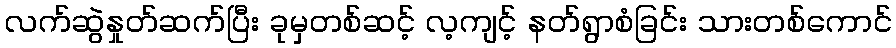
လက်ဆွဲနှုတ်ဆက်ပြီး ခုမှတစ်ဆင့် လ့ကျင့် နတ်ရွာစံခြင်း သားတစ်ကောင်